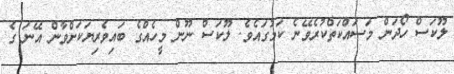
ލޫކަސް ހޯދަން މަސައްކަތްކުރެވޭނެ ކަމުގައެވެ. ލޫކަސް ނޫން މީހެއްގެ ބައިވެރިޔަކަށްވާން އޭނަ ގެ